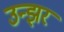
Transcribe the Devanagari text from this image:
उन्झर